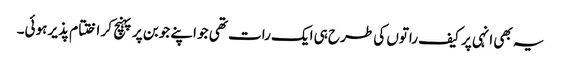
یہ بھی انہی پر کیف راتوں کی طرح ہی ایک رات تھی جو اپنے جوبن پر پہنچ کر اختتام پذیر ہوئی۔